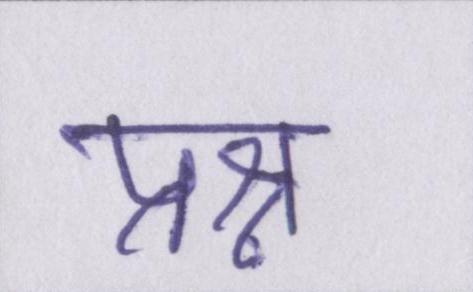
प्रश्न